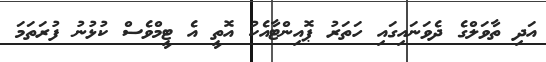
އަދި ތާވަލްގެ ދެވަނައިގައި ހަތަރު ޕޮއިންޓާއެކު އޮތީ އެ ޓީމްވެސް ކުޅުނު ފުރަތަމަ